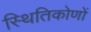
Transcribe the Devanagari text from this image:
स्थितिकोणों